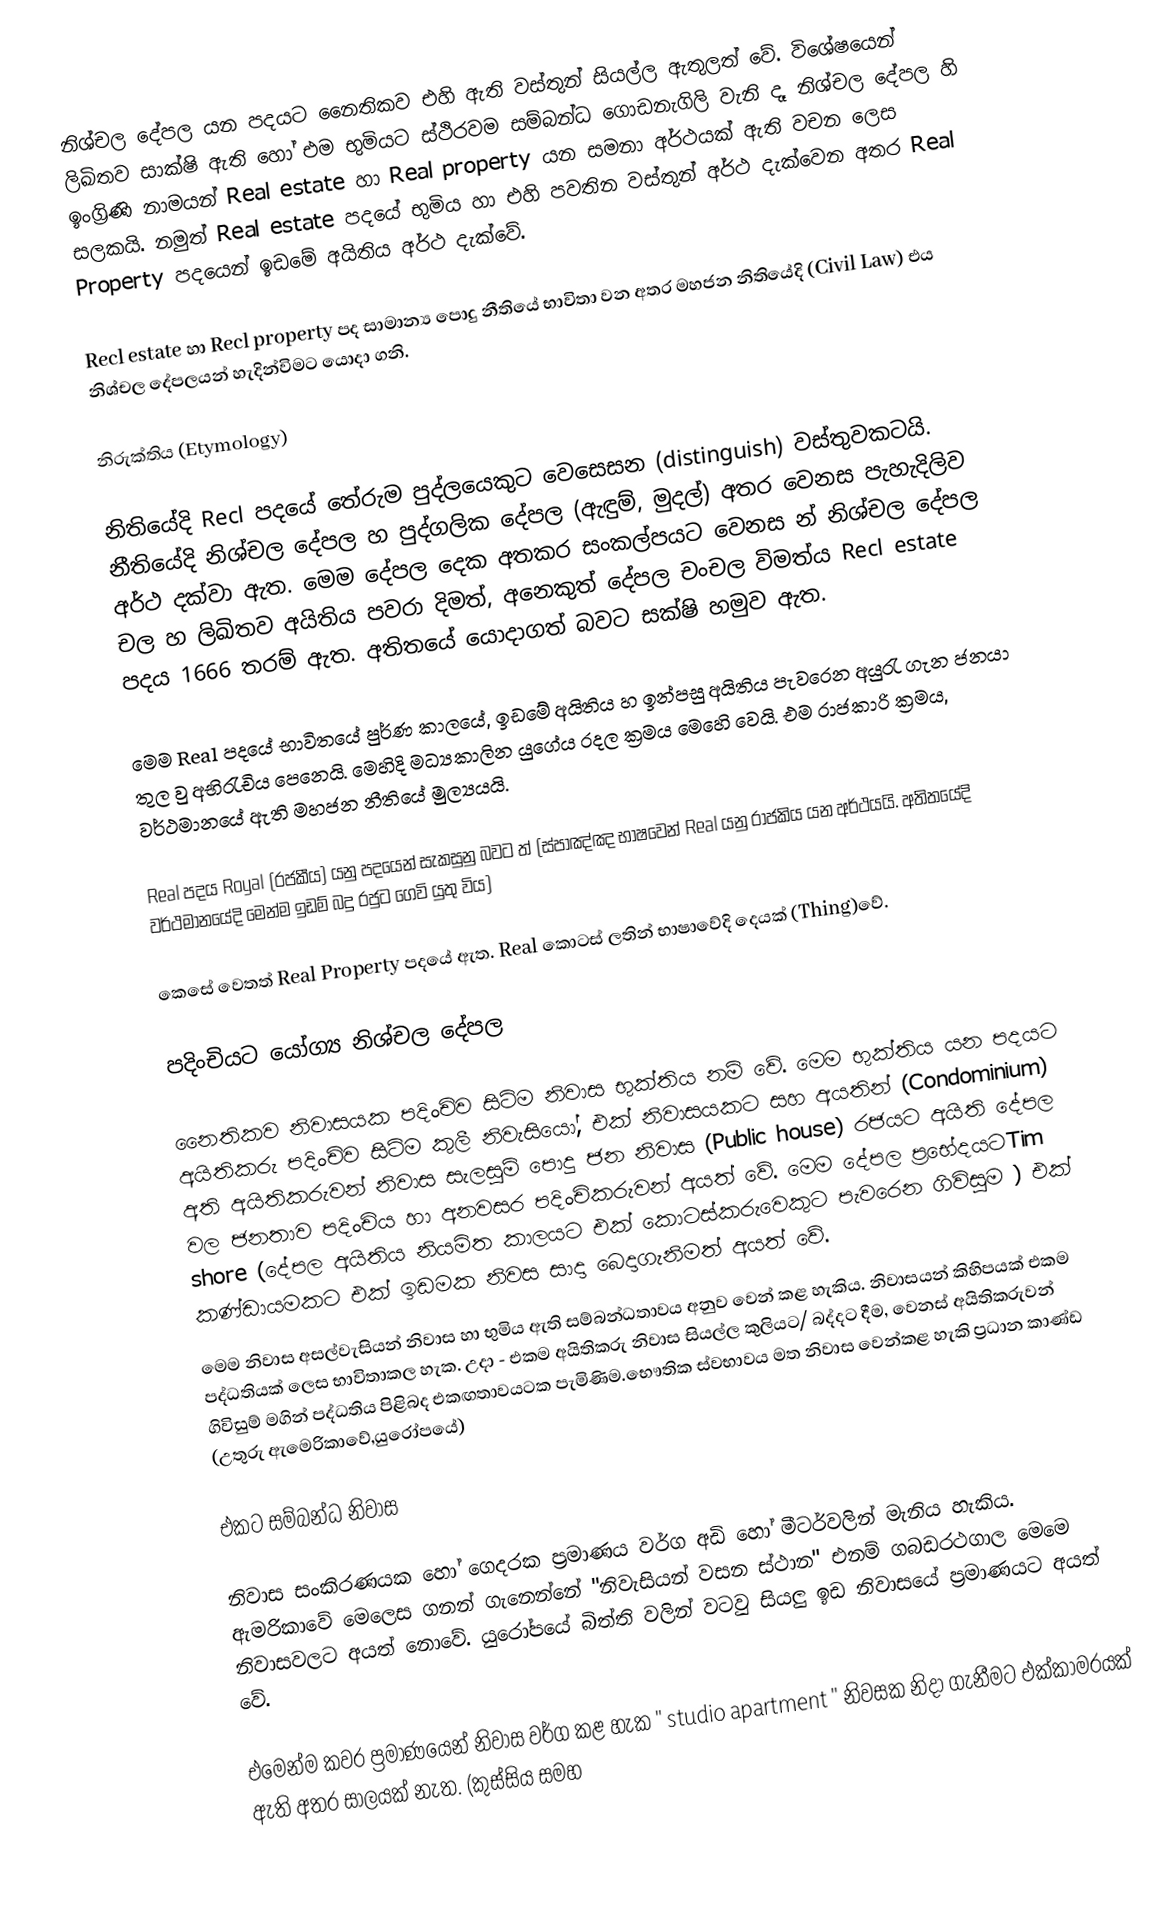
නිශ්චල දේපල යන පදයට නෛතිකව එහි ඇති වස්තුන් සියල්ල ඇතුලත් වේ. විශේෂයෙන් ලිඛිතව සාක්ෂි ඇති හෝ එම භුමියට ස්ථිරවම සම්බන්ධ ගොඩනැගිලි වැනි දෑ නිශ්චල දේපල හි ඉංග්‍රිණි නාමයන් Real estate හා Real property යන සමනා අර්ථයක් ඇති වචන ලෙස සලකයි. නමුත්  Real estate පදයේ භුමිය හා එහි පවතින වස්තුන් අර්ථ දැක්වෙන අතර  Real Property පදයෙන් ඉඩමේ අයිතිය අර්ථ දැක්වේ.

Recl estate හා Recl property පද සාමාන්‍ය පොදු නීතියේ භාවිතා වන අතර මහජන නිතියේදි (Civil Law) එය නිශ්චල දේපලයන් හැදින්විමට යොදා ගනි.

නිරුක්තිය (Etymology)

නිති‍යේදි  Recl පදයේ තේරුම පුද්ලයෙකුට වෙසෙසන (distinguish) වස්තුවකටයි. නීතියේදි නිශ්චල දේපල හ පුද්ගලික දේපල (ඇඳුම්, මුදල්) අතර වෙනස පැහැදිලිව අර්ථ දක්වා ඇත. මෙම දේපල දෙක අතකර සංකල්පයට වෙනස න් නිශ්චල දේපල චල හ ලිඛිතව අයිතිය පවරා දිමත්, අනෙකුත් දේපල චංචල විමත්ය  Recl estate පදය 1666 තරම් ඇත. අතිතයේ යොදාගත් බවට සක්ෂි හමුව ඇත.

මෙම Real පදයේ භාවිතයේ පුර්ණ කාලයේ, ඉඩමේ අයිතිය හ ඉන්පසු අයිතිය පැවරෙන අයුරැ ගැන ජනයා තුල වු අභිරැචිය පෙනෙයි. මෙහිදි මධ්‍යකාලින යුගේය රදල ක්‍රමය මෙහෙි වෙයි. එම රාජකාරි ක්‍රමය, වර්ථමානයේ ඇති මහජන නීතියේ මුල්‍යයයි.

Real පදය Royal (රජකීය) යනු පදයෙන් සැකසුනු බවට ත් (ස්පාඤ්ඤ භාෂවෙන්  Real යනු රාජකිය යන අර්ථයයි. අතිතයේදි වර්ථමානයේදි මෙන්ම ඉඩම් බදු රජුට ගෙවි යුතු විය)

කෙසේ වෙතත් Real Property පදයේ ඇත.  Real කොටස් ලතින් භාෂාවේදි දෙයක් (Thing)වේ.

පදිංචියට යෝග්‍ය නිශ්චල දේපල

නෛතිකව නිවාසයක පදිංචිව සිටිම නිවාස භුක්තිය නම් වේ. මෙම භුක්තිය යන පදයට අයිතිකරු පදිංචිව සිටිම කුලී නිවැසියෝ, එක් නිවාසයකට සහ අයතින් (Condominium) අති අයිතිකරුවන් නිවාස සැලසුම් පොදු ජන නිවාස (Public house) රජයට අයිති දේපල වල ජනතාව පදිංචිය හා අනවසර පදිංචිකරුවන් අයත් වේ. මෙම දේපල ප්‍රභේදයටTim shore   (දේපල අයිතිය නියමිත කාලයට එක් කොටස්කරුවෙකුට පැවරෙන ගිවිසුම ) එක් කණ්ඩායමකට එක් ඉඩමක නිවස සාදා බෙදාගැනිමත් අයත් වේ.
මෙම නිවාස අසල්වැසියන් නිවාස හා භුමිය ඇති සම්බන්ධතාවය අනුව වෙන් කළ හැකිය. නිවාසයන් කිහිපයක් එකම පද්ධතියක් ලෙස භාවිතාකල හැක. උදා - එකම අයිතිකරු නිවාස සියල්ල කුලියට/ බද්දට දීම, වෙනස් අයිතිකරුවන් ගිවිසුම් මගින් පද්ධතිය පිළිබද එකඟතාවයටක පැමිණිම.භෞතික ස්වභාවය මත නිවාස වෙන්කළ හැකි ප්‍රධාන කාණ්ඩ (උතුරු ඇමෙරිකාවේ,යුරෝපයේ)

එකට සම්බන්ධ නිවාස

නිවාස සංකිරණයක හෝ ගෙදරක ප්‍රමාණය වර්ග අඩි හෝ මීටර්වලින් මැනිය හැකිය. ඇමරිකාවේ මෙලෙස ගනන් ගැනෙන්නේ "නිවැසියන් වසන ස්ථාන" එනම් ගබඩරථගාල මෙමෙ නිවාසවලට අයත් නොවේ. යුරෝපයේ බිත්ති වලින් වටවු සියලු ඉඩ නිවාසයේ ප්‍රමාණයට අයත් වේ.

එමෙන්ම කවර ප්‍රමාණයෙන් නිවාස වර්ග කළ හැක " studio apartment " නිවසක නිදා ගැනීමට එක්කාමරයක් ඇති අතර සාලයක් නැත. (කුස්සිය සමහ